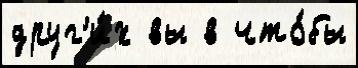
друг'и́х вы в что́бы